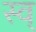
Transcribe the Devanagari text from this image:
स्व्